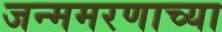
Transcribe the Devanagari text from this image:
जन्ममरणाच्या